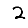
Digit: 2